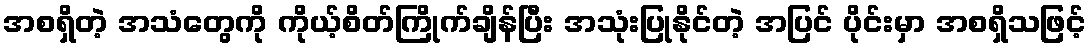
အစရှိတဲ့ အသံတွေကို ကိုယ့်စိတ်ကြိုက်ချိန်ပြီး အသုံးပြုနိုင်တဲ့ အပြင် ပိုင်းမှာ အစရှိသဖြင့်